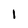
Character: I